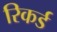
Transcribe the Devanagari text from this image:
रिकर्ड